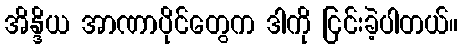
အိန္ဒိယ အာဏာပိုင်တွေက ဒါကို ငြင်းခဲ့ပါတယ်။